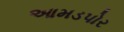
આમડપોર